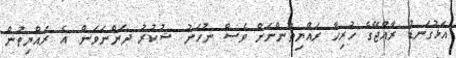
އަޅުގަނޑު ރާއްޖޭގެ ހުރިހާ ރައްޔިތުންނަށް ވެސް ނުހަނު ޝުކުރު ދަންނަވަން. އެ ރައްޔިތުން